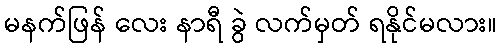
မနက်ဖြန် လေး နာရီ ခွဲ လက်မှတ် ရနိုင်မလား။